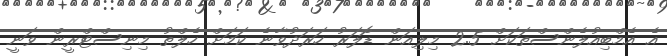
އެ އެމްބިއުލެންސްތަކަށް 2.5 މިލިއަން ޑޮލަރު ހަރަދުވާނެ ކަމަށް ހެލްތު މިނިސްޓްރީން ވަނީ